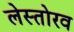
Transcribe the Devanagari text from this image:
लेस्तोरव